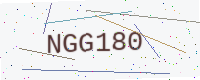
Text: NGG180